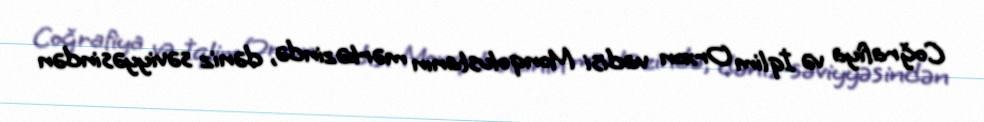
Coğrafiya və İqlim Orxon vadisi Monqolustanın mərkəzində, dəniz səviyyəsindən